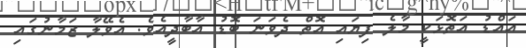
އައްޑު އަތޮޅަކީ މާލެ ފިޔައި އޮތް ދެވަނަ ބޮޑު އާބާދީއެވެ. އެވޭލާ ޒަމާނުގައި